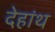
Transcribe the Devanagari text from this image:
देहांथ